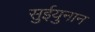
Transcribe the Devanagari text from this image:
सुईयुनान